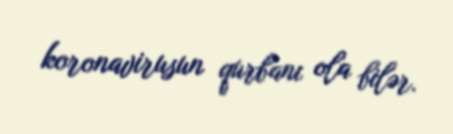
koronavirusun qurbanı ola bilər.